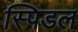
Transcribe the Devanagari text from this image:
स्पिडल